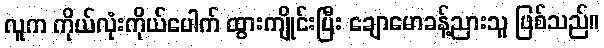
လူက ကိုယ်လုံးကိုယ်ပေါက် ထွားကျိုင်းပြီး ချောမောခန့်ညားသူ ဖြစ်သည်။